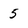
Character: 5